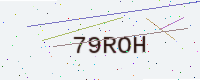
Text: 79ROH